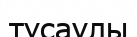
тұсаулы